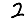
Digit: 2